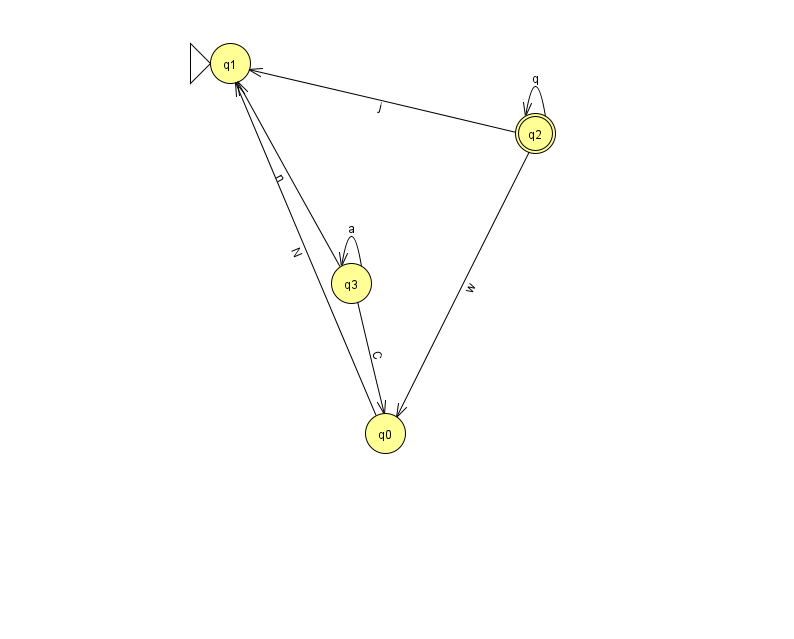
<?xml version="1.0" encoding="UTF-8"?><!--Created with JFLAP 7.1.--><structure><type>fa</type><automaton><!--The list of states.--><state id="0" name="q0"><x>385.0</x><y>420.0</y></state><state id="1" name="q1"><x>230.0</x><y>50.0</y><initial/></state><state id="2" name="q2"><x>535.0</x><y>120.0</y><final/></state><state id="3" name="q3"><x>351.0</x><y>270.0</y></state><!--The list of transitions.--><transition><from>3</from><to>0</to><read>C</read></transition><transition><from>3</from><to>1</to><read>n</read></transition><transition><from>2</from><to>0</to><read>w</read></transition><transition><from>2</from><to>1</to><read>j</read></transition><transition><from>2</from><to>2</to><read>q</read></transition><transition><from>3</from><to>3</to><read>a</read></transition><transition><from>0</from><to>1</to><read>N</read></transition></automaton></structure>